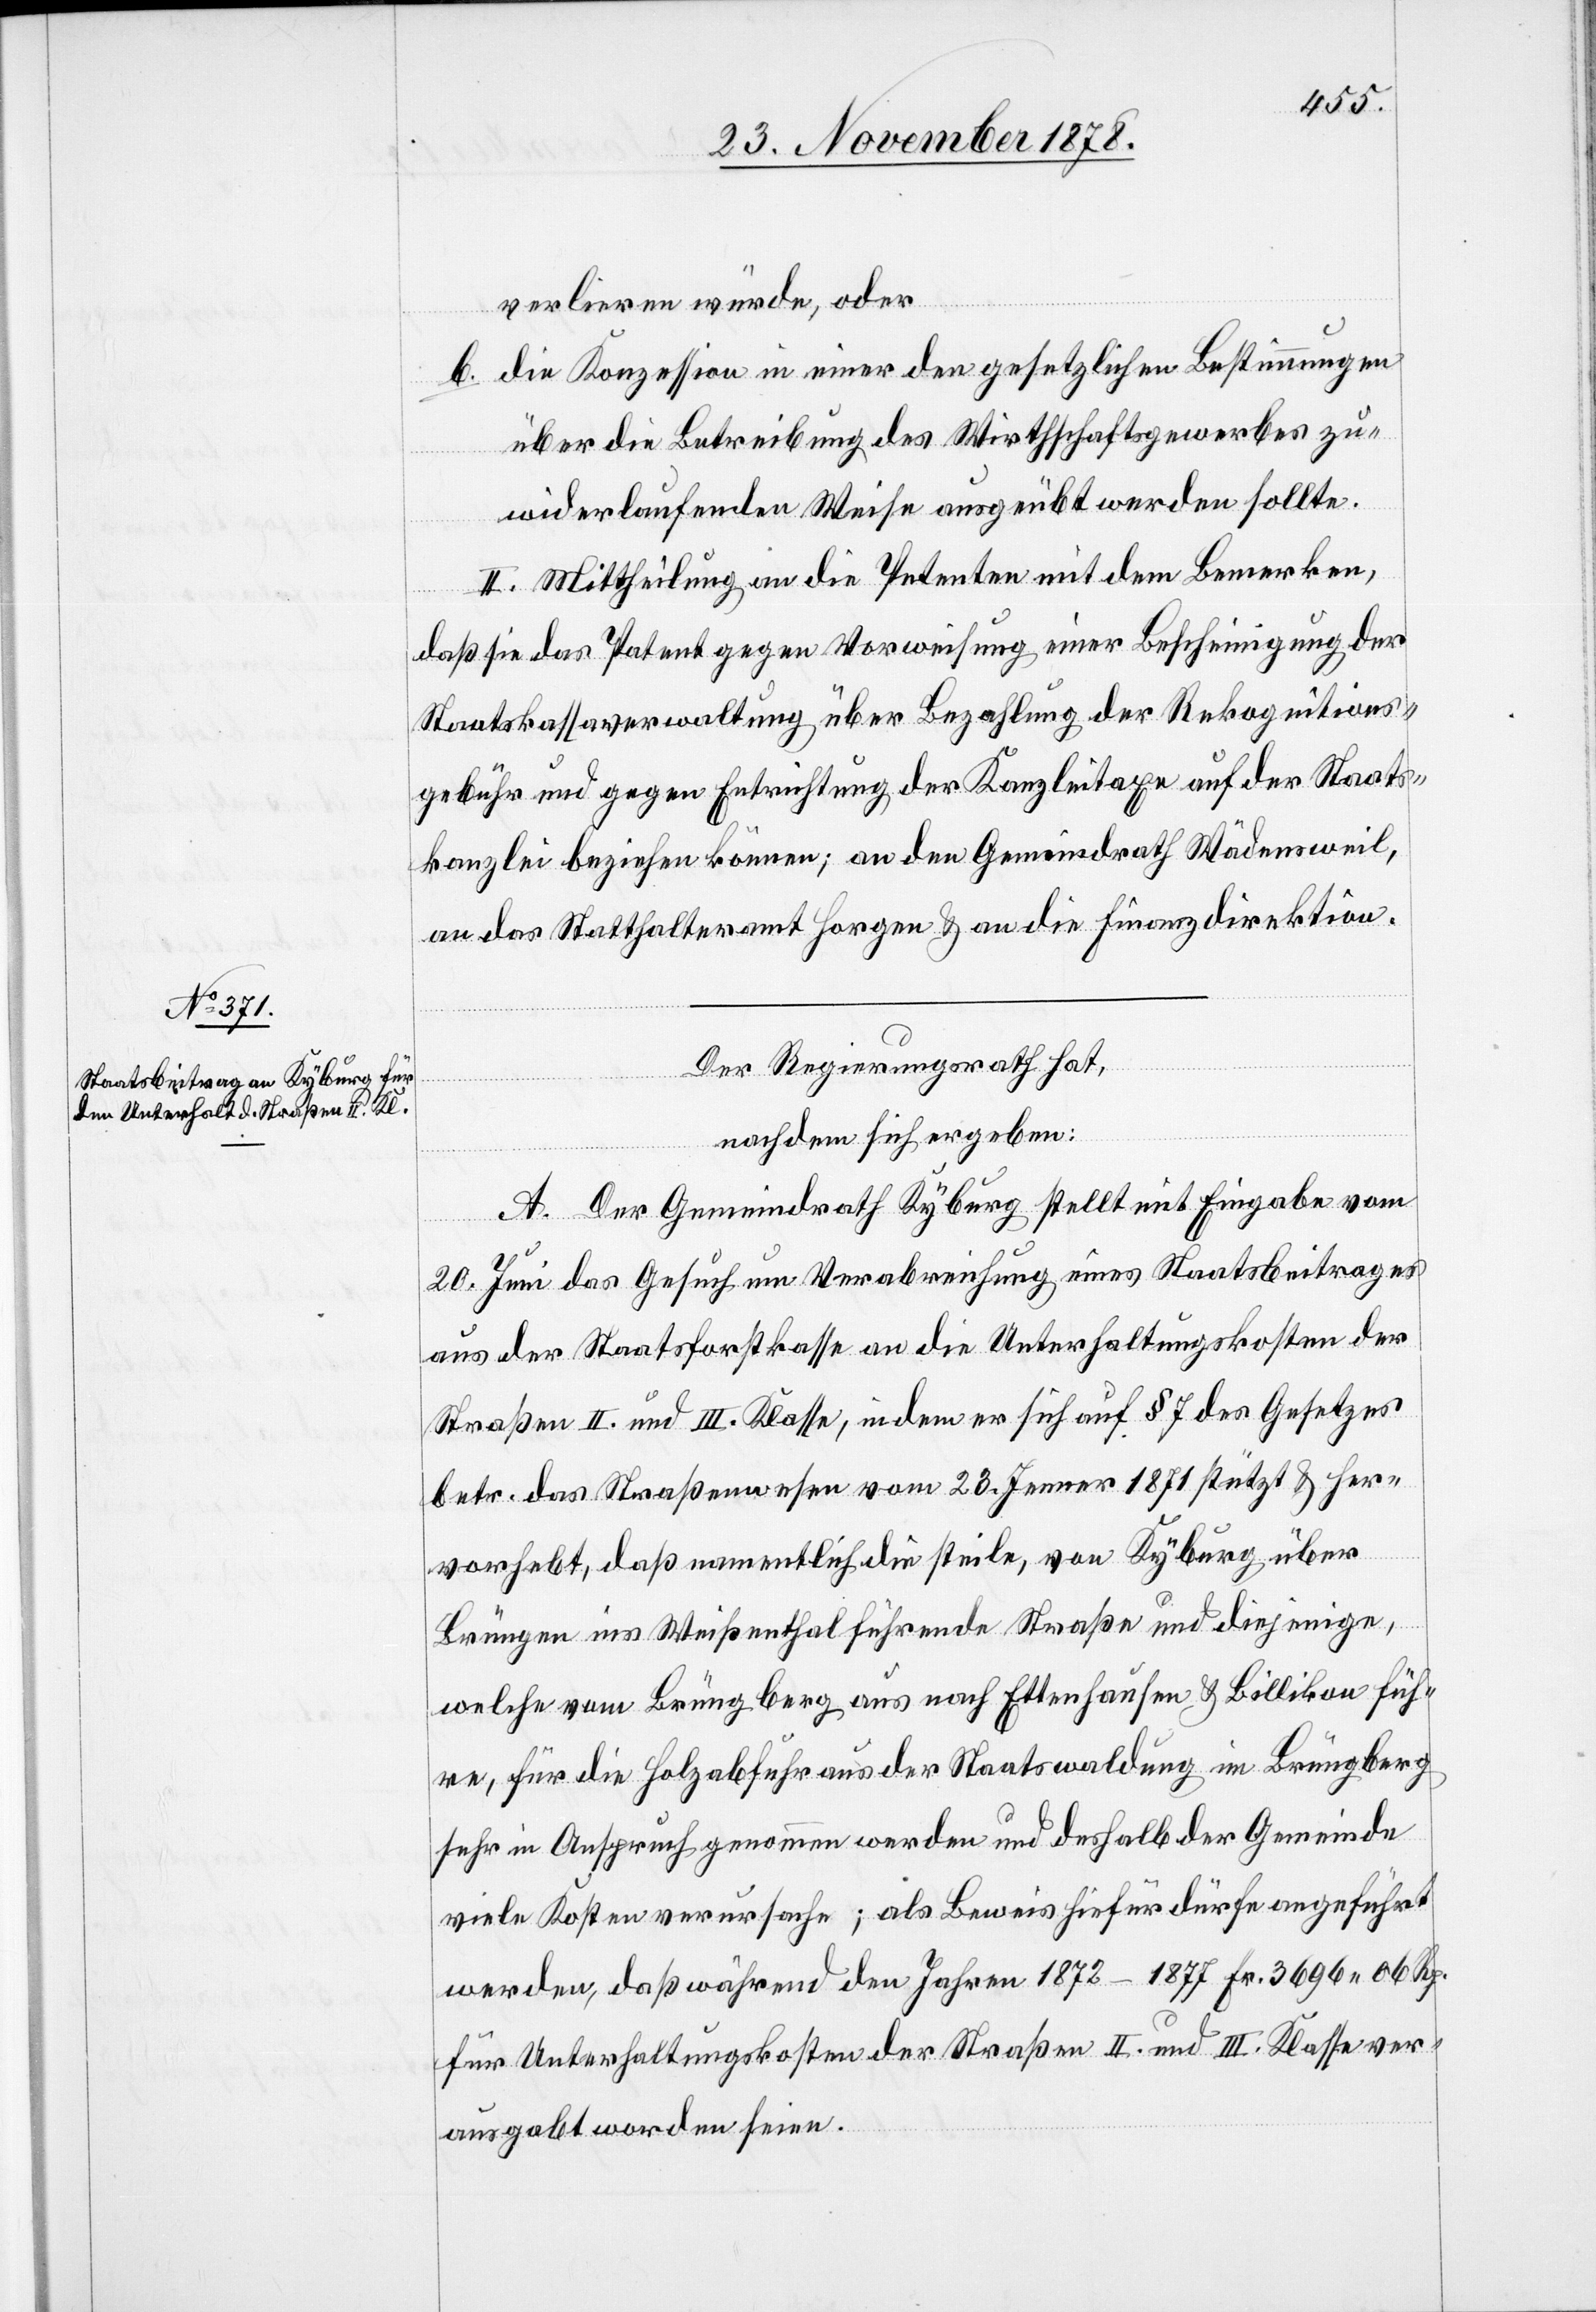
verlieren würde, oder
die Konzession in einer den gesetzlichen Bestimmungen
b.
über die Betreibung des Wirthschaftsgewerbes zu¬
widerlaufenden Weise ausgeübt werden sollte.
II. Mittheilung an die Petenten mit dem Bemerken,
daß sie das Patent gegen Vorweisung einer Bescheinigung der
Staatskassaverwaltung über Bezahlung der Rekognitions¬
gebühr und gegen Entrichtung der Kanzleitaxe auf der Staats¬
kanzlei beziehen können; an den Gemeindrath Wädensweil,
an das Statthalteramt Horgen & an die Finanzdirektion.
Der Regierungsrath hat,
nachdem sich ergeben:
A. Der Gemeindrath Kyburg stellt mit Eingabe vom
20. Juni das Gesuch um Verabreichung eines Staatsbeitrages
aus der Staatsforstkasse an die Unterhaltungskosten der
Straßen II. und III. Klasse, indem er sich auf § 7 des Gesetzes
betr. das Straßenwesen vom 23. Jenner 1871 stützt & her¬
vorhebt, daß namentlich die steile, von Kyburg über
Brüngen ins Weißenthal führende Straße und diejenige,
welche vom Brüngberg aus nach Ettenhausen & Billikon füh¬
re, für die Holzabfuhr aus der Staatswaldung in Brüngberg
sehr in Anspruch genommen werden und deshalb der Gemeinde
viele Kosten verursache; als Beweis hiefür dürfe angeführt
werden, daß während den Jahren 1872–1877 Fr. 3696 06 Rp.
für Unterhaltungskosten der Straße II. und III. Klasse ver¬
ausgabt worden seien.